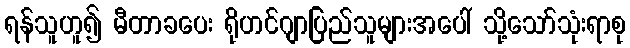
ရန်သူဟူ၍ မီတာခပေး ရိုဟင်ဂျာပြည်သူများအပေါ် သို့သော်သုံးရာစု